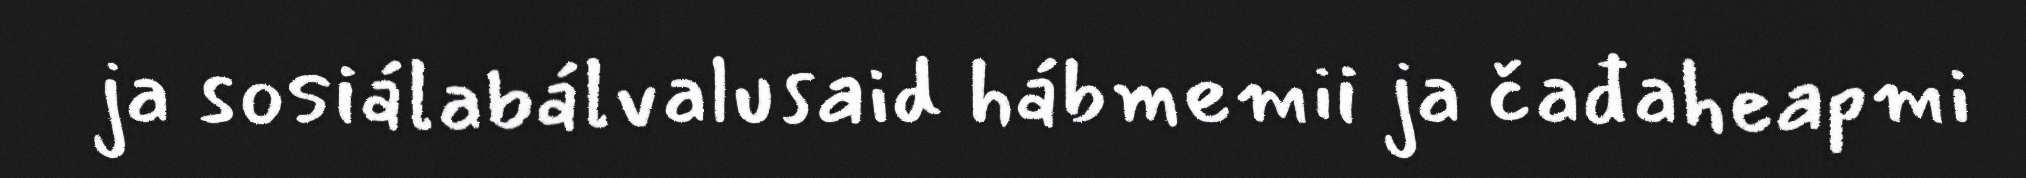
ja sosiálabálvalusaid hábmemii ja čađaheapmi